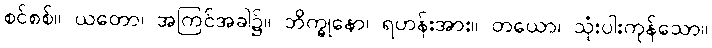
စင်စစ်။ ယတော၊ အကြင်အခါ၌။ ဘိက္ခုနော၊ ရဟန်းအား။ တယော၊ သုံးပါးကုန်သော။